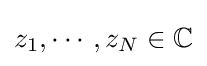
z_{1},\cdots ,z_{N}\in \mathbb {C}